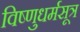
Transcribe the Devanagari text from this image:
विष्णुधर्मसूत्र